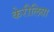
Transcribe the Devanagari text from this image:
केरीलिया